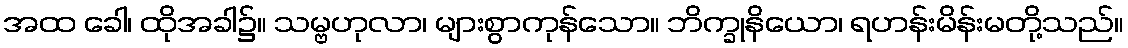
အထ ခေါ၊ ထိုအခါ၌။ သမ္ဗဟုလာ၊ များစွာကုန်သော။ ဘိက္ခုနိယော၊ ရဟန်းမိန်းမတို့သည်။